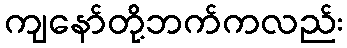
ကျနော်တို့ဘက်ကလည်း